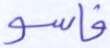
فاسو